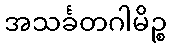
အသင်္ခတဂါမိဉ္စ